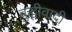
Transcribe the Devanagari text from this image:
बुद्धीवादी